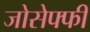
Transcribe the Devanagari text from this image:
जोसेफ्फी